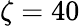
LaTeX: \zeta=40